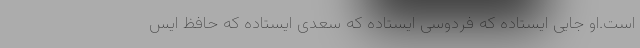
است.او جایی ایستاده که فردوسی ایستاده که سعدی ایستاده که حافظ ایس